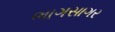
ભાગસાગર